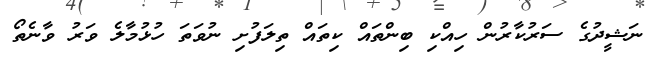
ނަޝީދުގެ ސަރުކާރުން ހިއްކި ބިންތައް ކިތައް ތިލަފުށި ނުވަތަ ހުޅުމާލެ ވަރު ވާނެތޯ